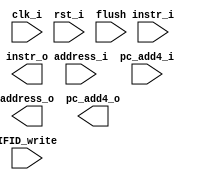
module IF_register (clk_i, rst_i,IFID_write,address_i, instr_i,pc_add4_i, address_o, instr_o,flush,pc_add4_o);

	input clk_i ;
	input rst_i;
	input IFID_write;
	input [31:0] address_i;
	input [31:0] instr_i;
	input [31:0] pc_add4_i;
	input flush;
	output reg [31:0] address_o;
	output reg [31:0] instr_o;
	output reg [31:0] pc_add4_o;


endmodule